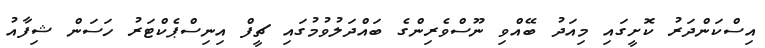
އިސްކަންދަރު ކޮށީގައި މިއަދު ބޭއްވި ނޫސްވެރިންގެ ބައްދަލުވުމުގައި ޗީފް އިނިސްޕެކްޓަރު ހަސަން ޝިފާއު